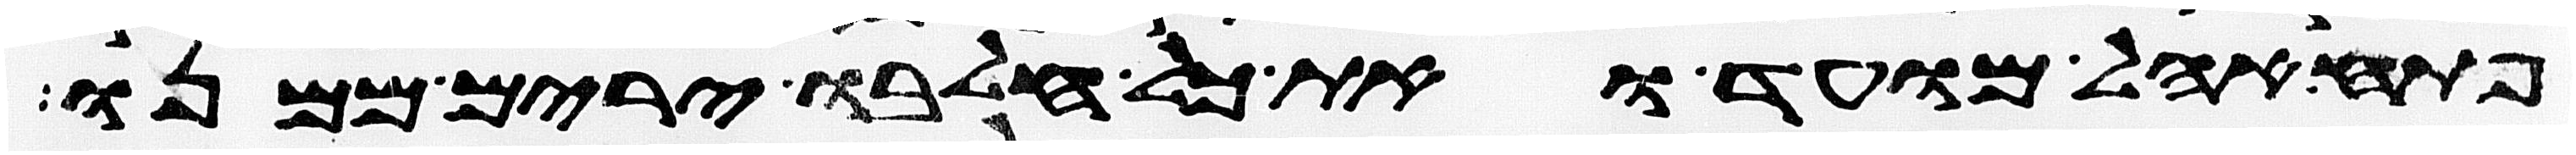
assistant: פתח אהל מועד ואת כל חלבו ירים ממנו